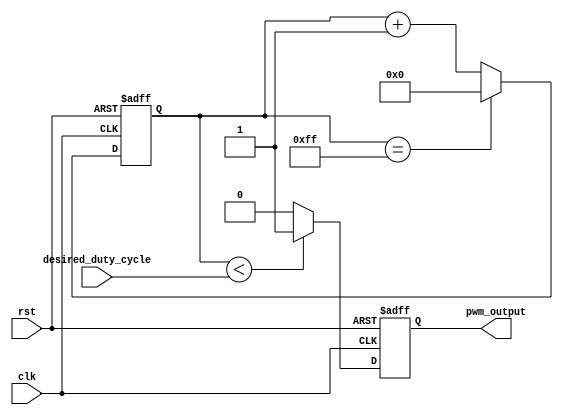
module PWM_generator(
    input wire clk,
    input wire rst,
    input wire [7:0] desired_duty_cycle,
    output reg pwm_output
);

reg [7:0] counter;
reg pwm;

always @ (posedge clk or posedge rst) begin
    if (rst) begin
        counter <= 8'b0000_0000;
        pwm <= 1'b0;
    end else begin
        counter <= counter + 1;
        if (counter == 8'b1111_1111) begin
            counter <= 8'b0000_0000;
        end
        
        if (counter < desired_duty_cycle) begin
            pwm <= 1'b1;
        end else begin
            pwm <= 1'b0;
        end
    end
end

assign pwm_output = pwm;

endmodule